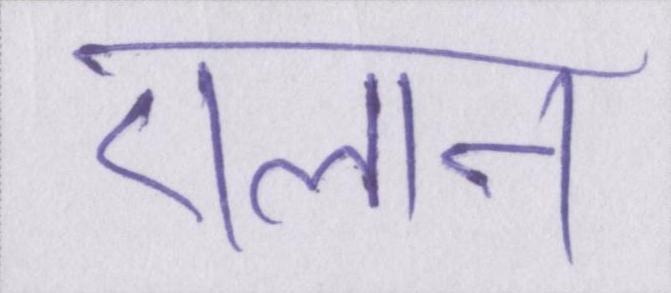
एलान